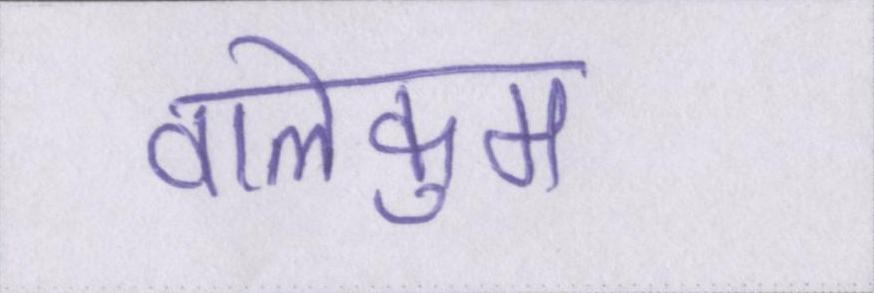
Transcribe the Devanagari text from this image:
वालेकुम